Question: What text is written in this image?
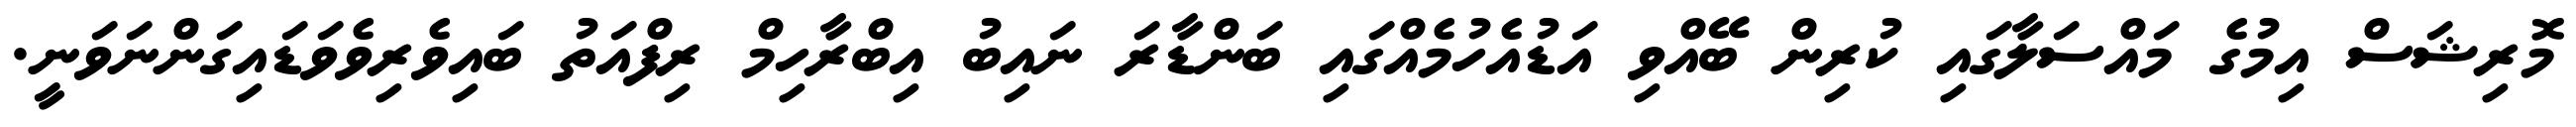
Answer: މޮރިޝަސް އިމުގެ މައްސަލާގައި ކުރިން ބޭއްވި އަޑުއެހުމެއްގައި ބަންޑާރަ ނައިބު އިބްރާހިމް ރިފްއަތު ބައިވެރިވެވަޑައިގަންނަވަނީ.